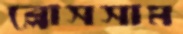
ব্লোসসাম